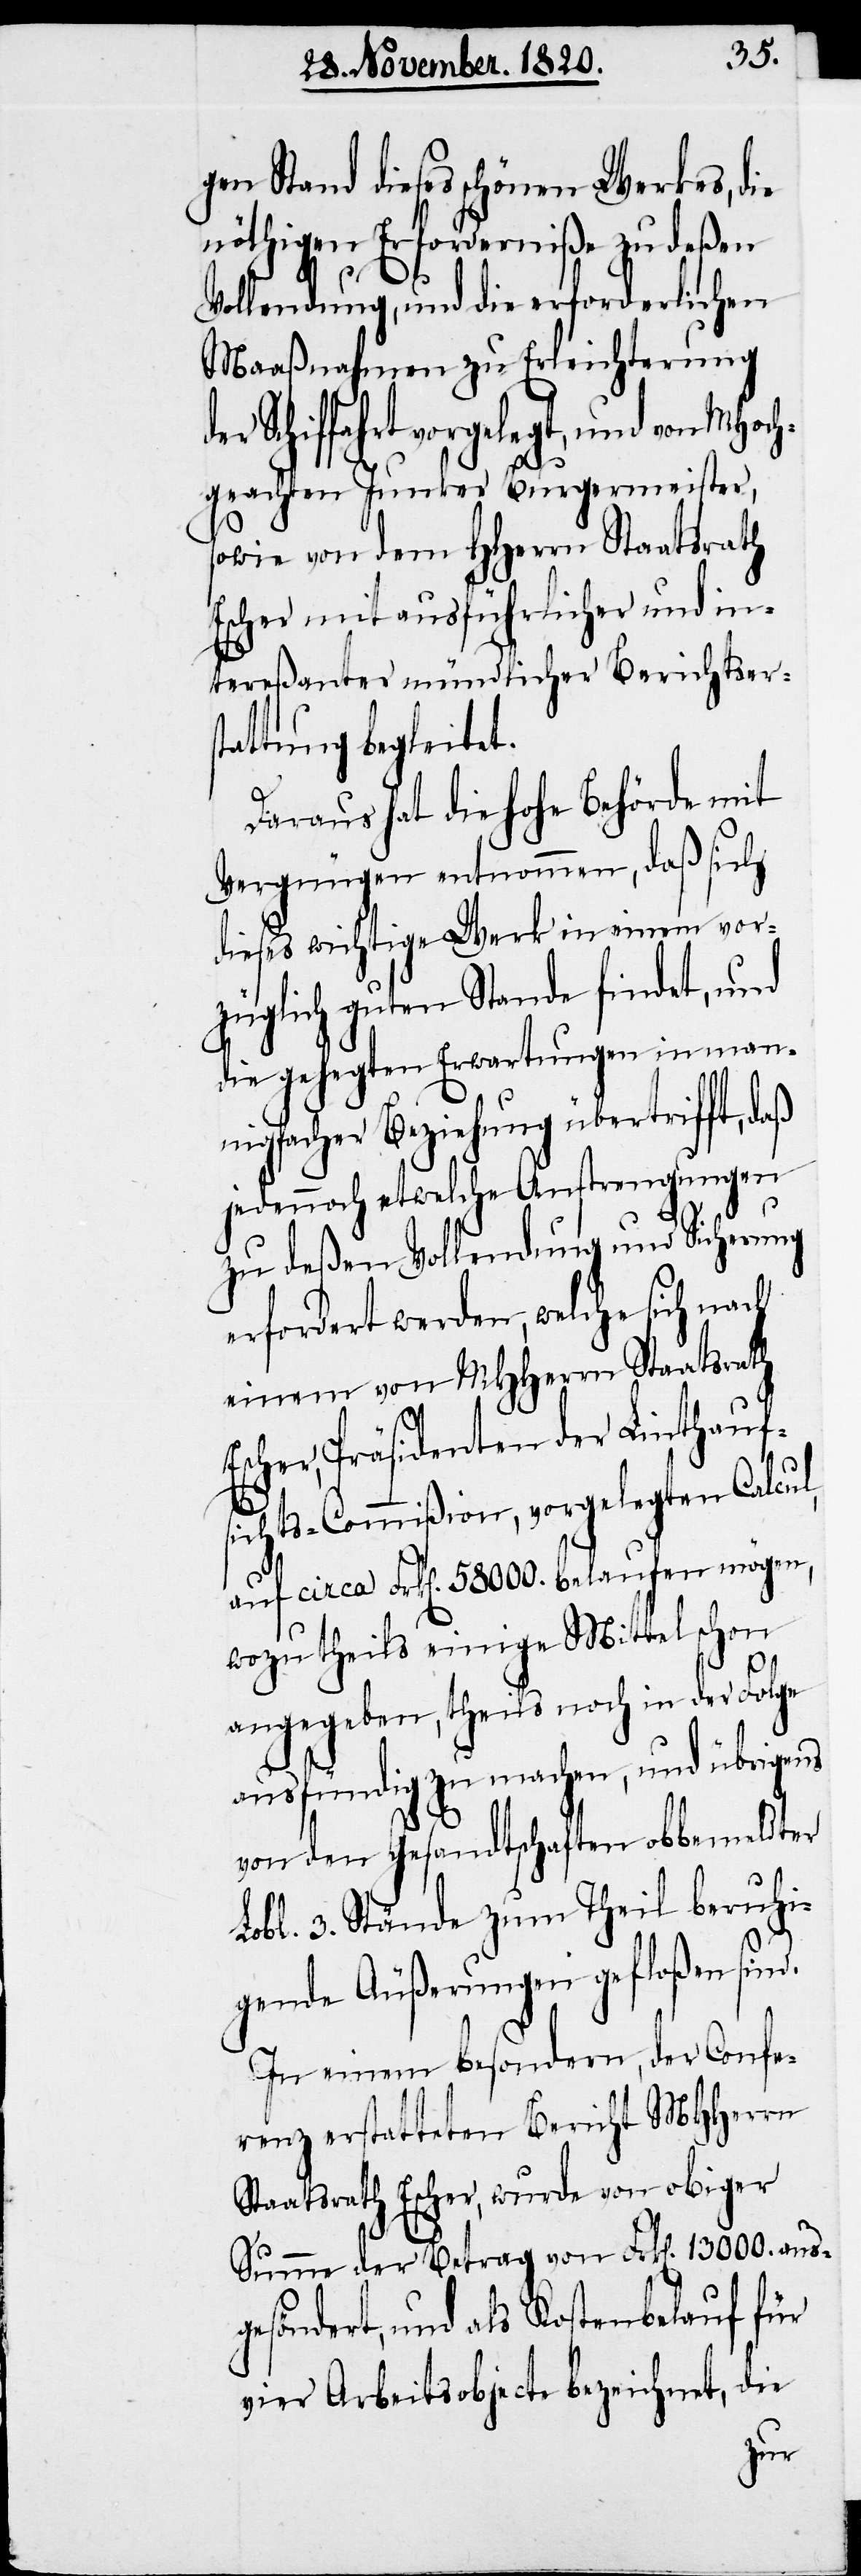
gen Stand dieses schönen Werkes, die
nöthigen Erforderniße zu deßen
Vollendung, und die erforderlichen
Maaßnahmen zu Erleichterung
Schiffahrt vorgelegt, und von MHo¬
chgeachten Junker Burgermeister,
sowie von dem HHerrn Staatsrath
Escher mit ausführlicher und in¬
tereßanter mündlicher Berichtsers¬
tattung begleitet.
Daraus hat die hohe Behörde mit
Vergnügen entnommen, daß sich
dieses wichtige Werk in einem vor¬
züglich guten Stande findet, und
die gehegten Erwartungen in man¬
nigfacher Beziehung übertrifft,
jedennoch etwelche Anstrengungen
erfordert werden, welche sich nach
einem von MHHerrn Staatsrath
scher, Präsidenten der Linthaufs¬
ichts-Commißion, vorgelegten Calcul,
auf circa Frk[en]. 58 000. belaufen mögen,
wozu theils einige Mittel schon
E¬
angegeben, theils noch in der Folge
ausfündig zu machen, und übrigens
von dem Gesandtschaften obbemeldter
Lobl. 3. Stände zum Theil beruhi¬
gende Äußerungen gefloßen sind.
In einem besondern, der Confe¬
renz erstatteten Bericht MHHerrn
Staatsrath Escher, wurde von obiger
Summe der Betrag von Frk[en]. 13 000. aus¬
gefördert, und als Kostenbelauf für
vier Arbeitsobjecte bezeichnet, die